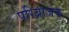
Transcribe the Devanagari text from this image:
परिब्राजक